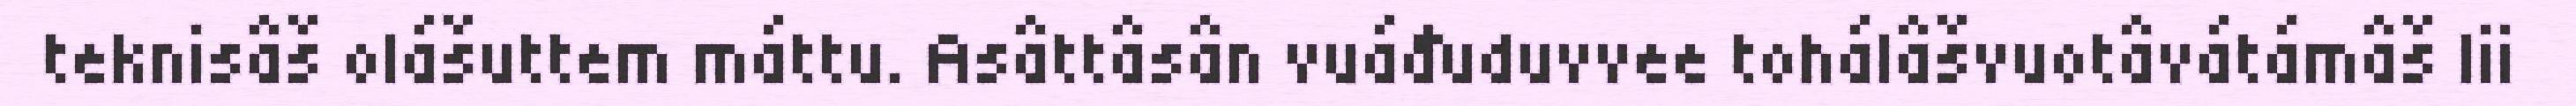
teknisâš olášuttem máttu. Asâttâsân vuáđuduvvee tohálâšvuotâvátámâš lii